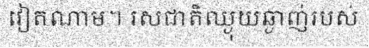
វៀតណាម។ រសជាតិឈ្ងុយឆ្ងាញ់របស់